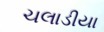
ચલાડીયા